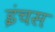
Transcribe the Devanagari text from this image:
इंचस